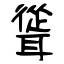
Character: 聳